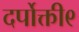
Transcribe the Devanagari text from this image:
दर्पोक्ती९